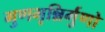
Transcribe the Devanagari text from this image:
गुणभृन्निर्गुणो